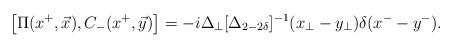
LaTeX: \begin{align*}\left [\Pi (x^{+},\vec{x}), C_{-}(x^{+},\vec{y}) \right] = -i \Delta_\perp [\Delta_{2-2\delta}]^{-1}(x_\perp - y_\perp)\delta({x^-} - y^-).\end{align*}